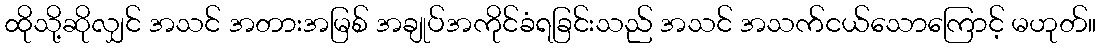
ထိုသို့ဆိုလျှင် အသင် အတားအမြစ် အချုပ်အကိုင်ခံရခြင်းသည် အသင် အသက်ငယ်သောကြောင့် မဟုတ်။